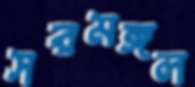
সরমঙ্গল